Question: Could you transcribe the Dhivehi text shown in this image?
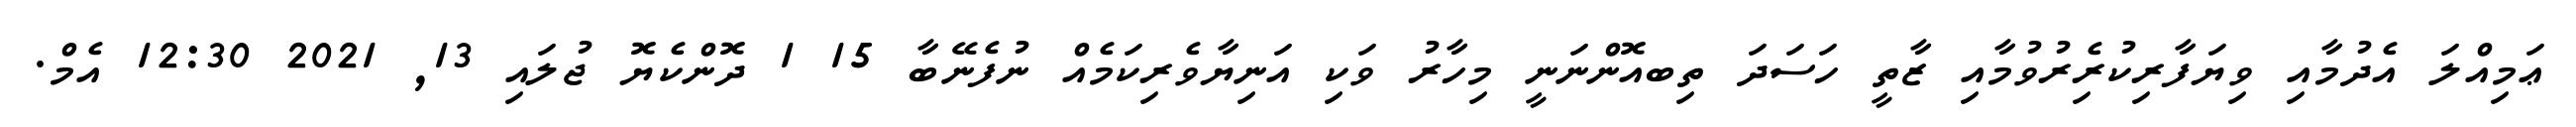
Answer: ޢަމިއްލަ އެދުމާއި ވިޔަފާރިކުރިެރުވުމާއި ޒާތީ ހަސަދަ ތިބއޮންނަނީ މިހާރު ވަކި އަނިޔާވެރިކަމެއް ނުފެނޭބާ 15 1 ދޮންކެޔޮ ޖުލައި 13, 2021 12:30 އެމް.